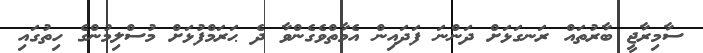
ސާމިރާޖީ ބާރުތައް ރަނގަޅަށް ދަންނަ ފަދައިން އެމާތްވެގެންވާ ދެ ޙަރަމްފުޅަށް މުސްލިމުންގެ ހިތުގައި